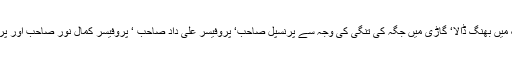
ہری پون کے قریب ایک تھریشر مشین نے ڈھٹائی سے روڈ بلاک کرکے قافلے کے رنگ میں بھنگ ڈالا‘ گاڑی میں جگہ کی تنگی کی وجہ سے پرنسپل صاحب‘ پروفیسر علی داد صاحب ‘ پروفیسر کمال نور صاحب اور پروفیسر بشیر صاحب برادرم عبداللہ کی گاڑی میں سوار ہوکر ہم سے آگے نکل چکے تھے۔